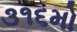
૩૧૬મો